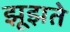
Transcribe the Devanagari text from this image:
झूझते